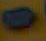
-